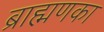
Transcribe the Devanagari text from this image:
ब्राह्मणका